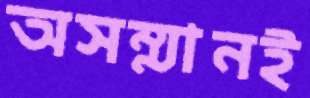
অসম্মানই